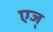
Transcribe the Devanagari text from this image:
एज्